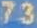
73